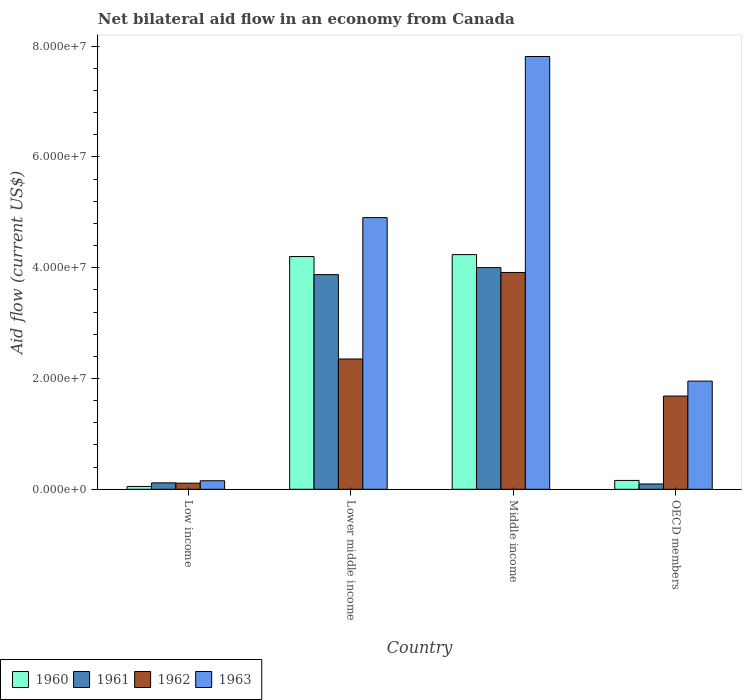
| Country | 1960 | 1961 | 1962 | 1963 |
 | --- | --- | --- | --- | --- |
 | Low income | 5.1e+05 | 1.16e+06 | 1.11e+06 | 1.54e+06 |
 | Lower middle income | 4.2e+07 | 3.88e+07 | 2.35e+07 | 4.9e+07 |
 | Middle income | 4.24e+07 | 4e+07 | 3.91e+07 | 7.81e+07 |
 | OECD members | 1.6e+06 | 9.6e+05 | 1.68e+07 | 1.95e+07 |